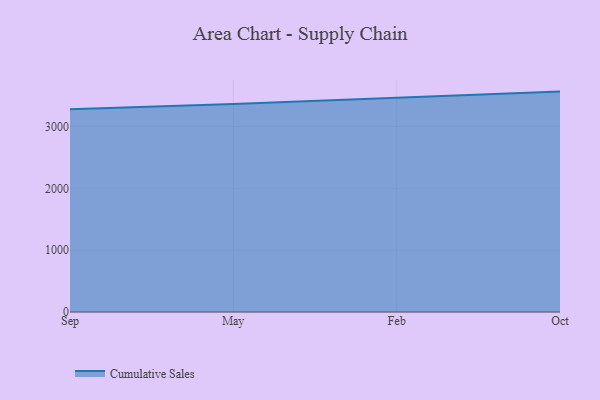
{"axis": {"x": "Month", "y": "Page Views"}, "legend": ["Cumulative Sales"], "data": [{"x": "Sep", "y": 3280.9, "type": "Cumulative Sales"}, {"x": "May", "y": 3364.0, "type": "Cumulative Sales"}, {"x": "Feb", "y": 3466.0, "type": "Cumulative Sales"}, {"x": "Oct", "y": 3565.8, "type": "Cumulative Sales"}]}